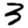
Digit: 3